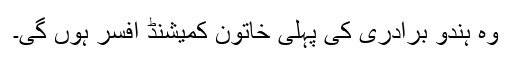
وہ ہندو برادری کی پہلی خاتون کمیشنڈ افسر ہوں گی۔